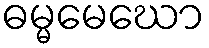
ဓမ္မမေဃော